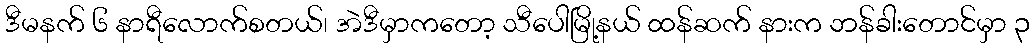
ဒီမနက် ၆ နာရီလောက်စတယ်၊ အဲဒီမှာကတော့ သီပေါမြို့နယ် ထန်ဆက် နားက ဘန်ခါးတောင်မှာ ၃